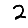
Digit: 2